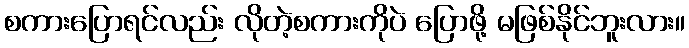
စကားပြောရင်လည်း လိုတဲ့စကားကိုပဲ ပြောဖို့ မဖြစ်နိုင်ဘူးလား။